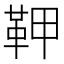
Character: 𩉾